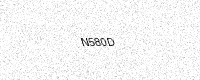
Text: N580D